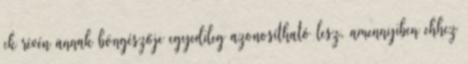
ek révén annak böngészője egyedileg azonosítható lesz, amennyiben ehhez